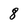
Character: 8